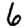
Digit: 6